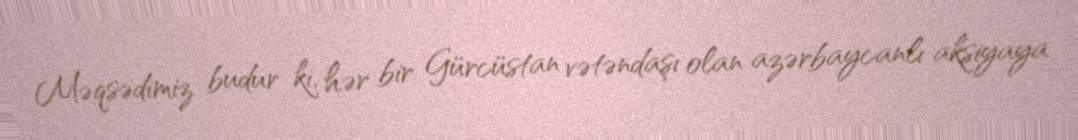
Məqsədimiz budur ki, hər bir Gürcüstan vətəndaşı olan azərbaycanlı aksiyaya